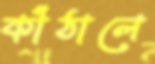
কাঁঠালে